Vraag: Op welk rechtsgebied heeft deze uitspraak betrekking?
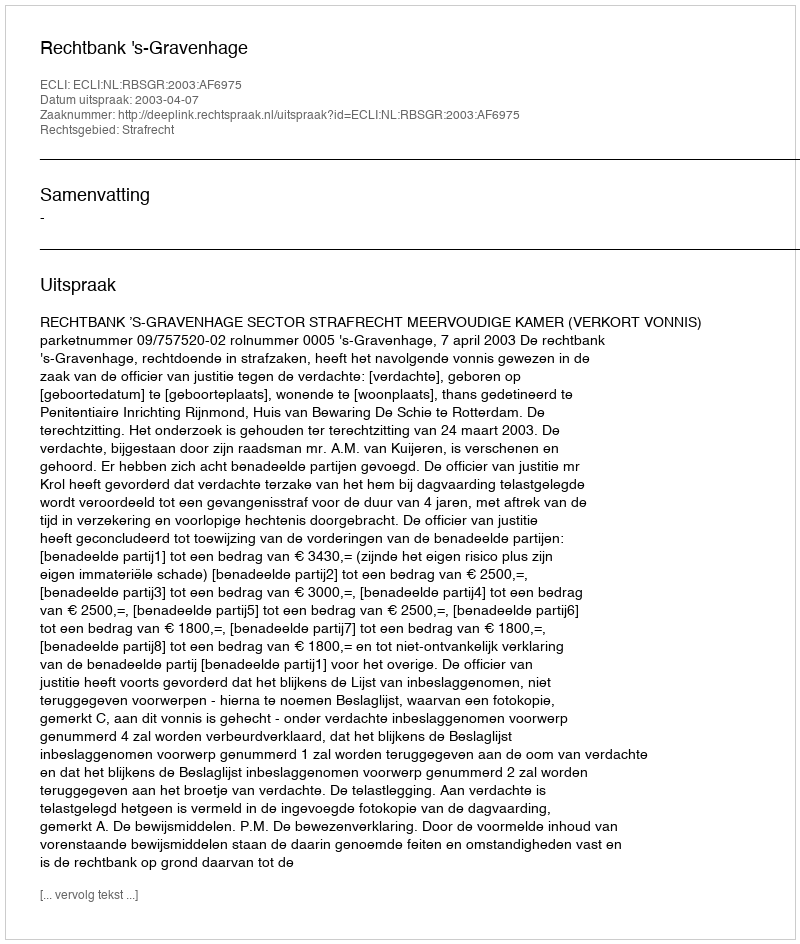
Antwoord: Strafrecht